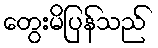
တွေးမိပြန်သည်